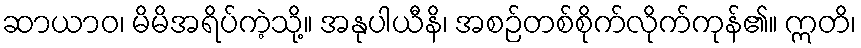
ဆာယာဝ၊ မိမိအရိပ်ကဲ့သို့။ အနုပါယီနိ၊ အစဉ်တစ်စိုက်လိုက်ကုန်၏။ ဣတိ၊